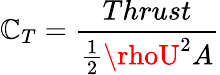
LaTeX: \mathbb{C}_{T}=\frac{{Thrust}}{{\frac{{1}}{{2}}\rhoU^{2}A}}